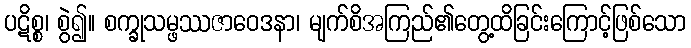
ပဋိစ္စ၊ စွဲ၍။ စက္ခုသမ္ဖဿဇာဝေဒနာ၊ မျက်စိအကြည်၏တွေ့ထိခြင်းကြောင့်ဖြစ်သော